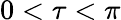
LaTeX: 0<\tau<\pi